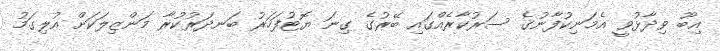
އިބޫ ވިދާޅުވީ އެމަނިކުފާނުގެ ސަރުކާރެއްގައި ބޭރުގެ ގިނަ ޔޮޓުފަހަރު ބަނދަރުކުރާ މަންޒިލަކަށް އުލިގަމު